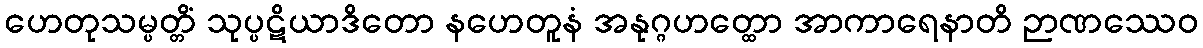
ဟေတုသမ္ပတ္တိံ သုပ္ပဋိယာဒိတော နဟေတူနံ အနုဂ္ဂဟတ္ထော အာကာရေနာတိ ဉာဏဿေဝ